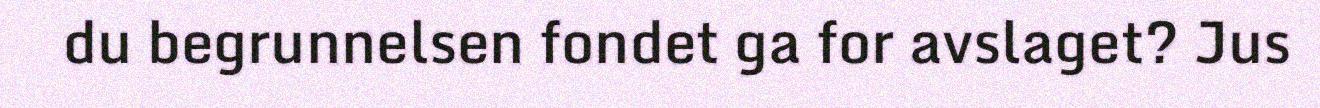
du begrunnelsen fondet ga for avslaget? Jus